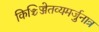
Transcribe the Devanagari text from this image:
किञ्चिज्जेतव्यमर्जुनात्र